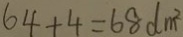
6 4 + 4 = 6 8 d m ^ { 2 }